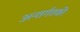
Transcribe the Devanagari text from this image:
अन्तर्गतकी